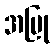
အပြု